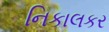
નિકાલકર